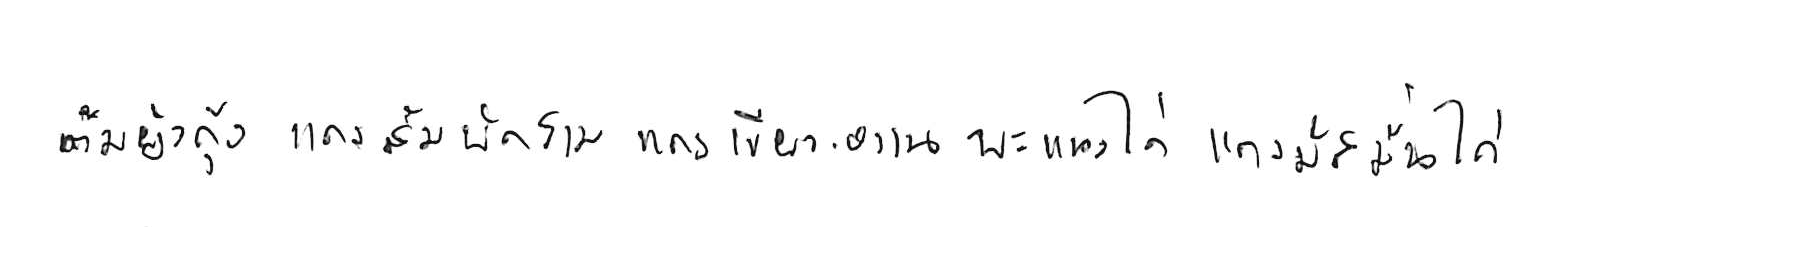
ต้มยำกุ้ง แกงส้มผักรวม แกงเขียวหวาน พะแนงไก่ แกงมัสมั่นไก่